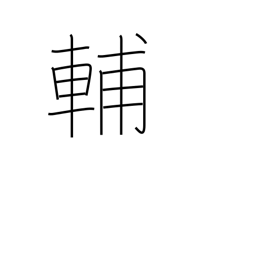
Meaning: help